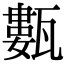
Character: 甊